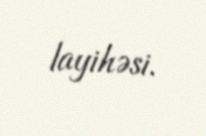
layihəsi.